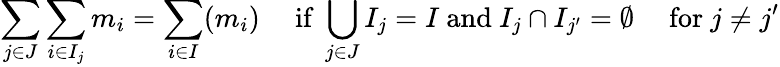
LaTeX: \sum_{j\in J}{\sum_{i\in I_{j}}{m_{i}}}=\sum_{i\in I}(m_{i})\quad{\mathrm{~if~}}\bigcup_{j\in J}I_{j}=I{\mathrm{~and~}}I_{j}\cap I_{j^{\prime}}=\emptyset\quad{\mathrm{~for~}}j\neq j^{\prime}